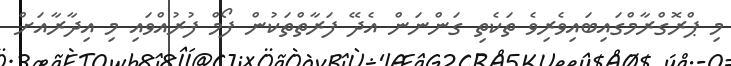
މި ޕްރޮގްރާމްގައިބައިވެރިވެ ތަކެތި ގަންނަން އެދޭ ފަރާތްތަކުން ފޯމް ފުރުއްވައި މި އިދާރާއަށް